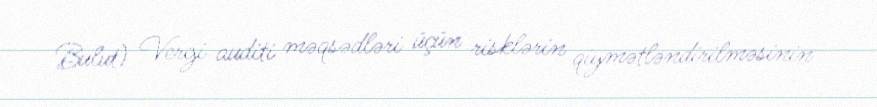
Bulut) Vergi auditi məqsədləri üçün risklərin qiymətləndirilməsinin